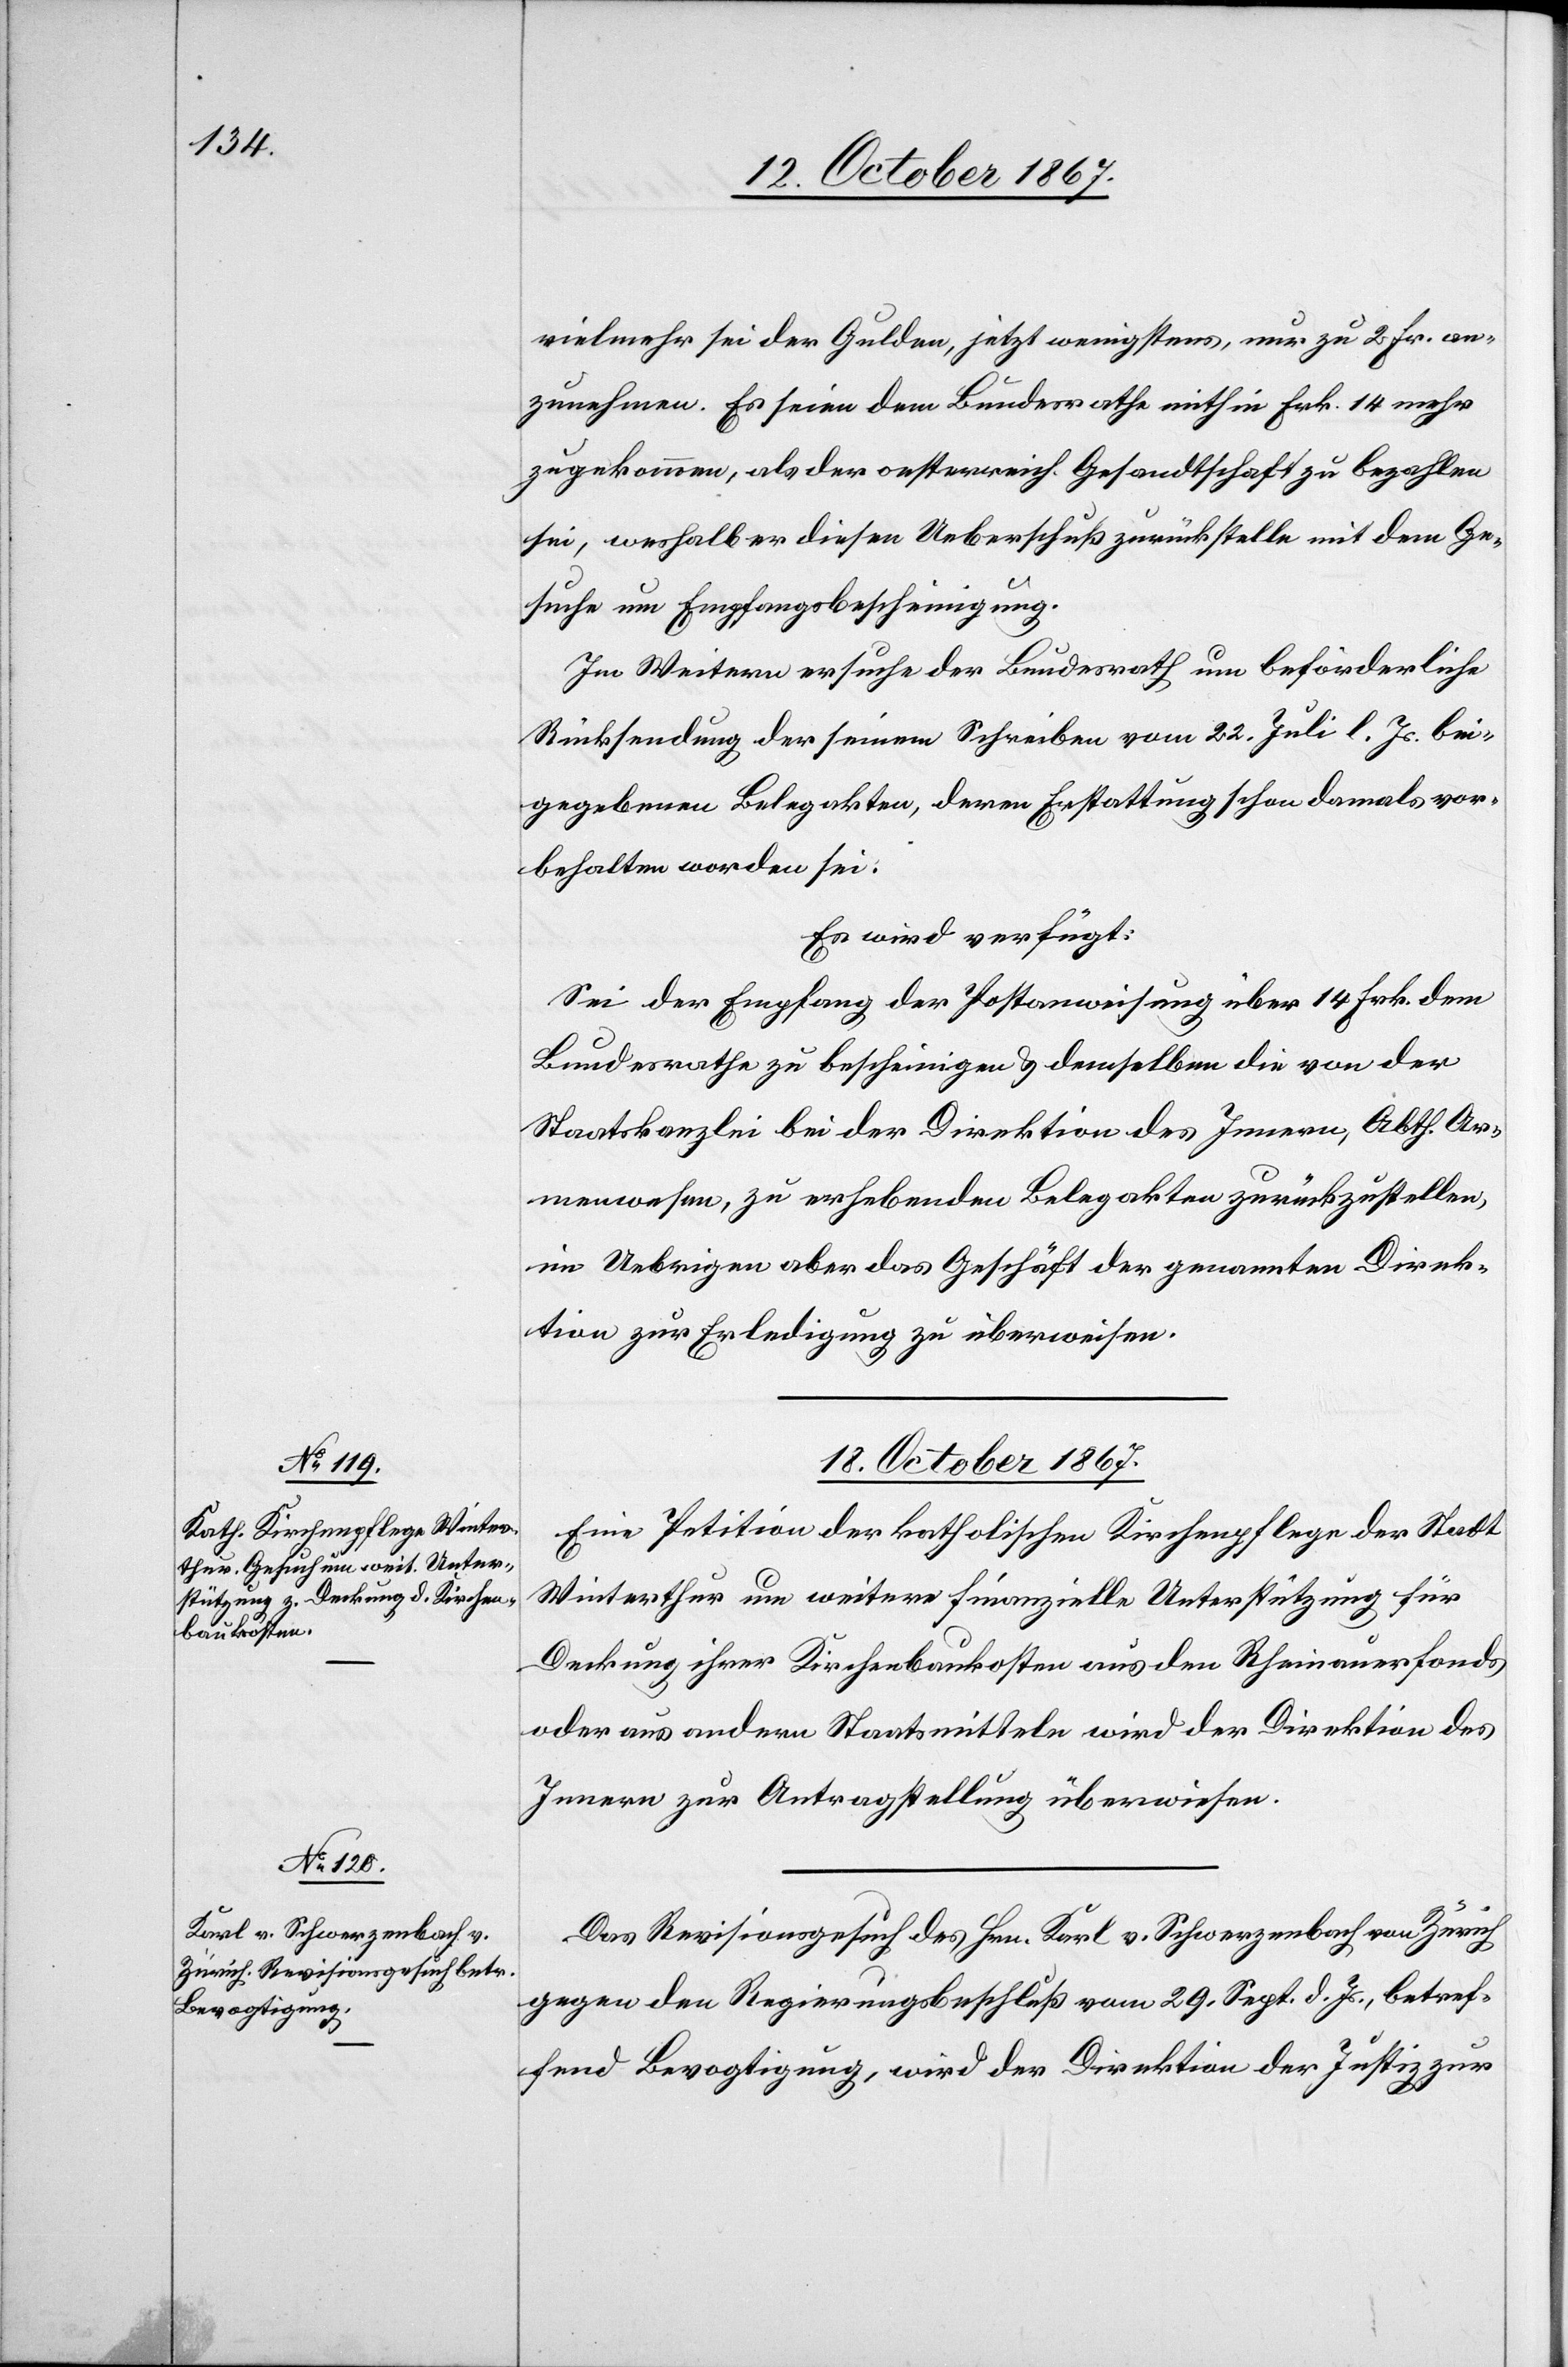
vielmehr sei der Gulden, jetzt wenigstens, nur zu 2 Fr. an¬
zunehmen. Esseien dem Bundesrathe mithin Frk. 14 mehr
zugekommen, als der oesterreich. Gesandtschaft zu bezahlen
sei, weshalb er diesen Ueberschuß zurückstelle mit dem Ge¬
suche um Empfangsbescheinigung.
Im Weitern ersuche der Bundesrath um beförderliche
Rücksendung der seinem Schreiben vom 22. Juli l. Js. bei¬
gegebenen Belegakten, deren Erstattung schon damals vor¬
behalten worden sei.
Es wird verfügt:
Sei der Empfang der Postanweisung über 14 Frk. dem
Bundesrathe zu bescheinigen u. demselben die von der
Staatskanzlei bei der Direktion des Innern, Abth. Ar¬
menwesen zu erhebenden Belegakten zurückzustellen,
im Uebrigen aber das Geschäft der genannten Direk¬
tion zur Erledigung zu überweisen.
18. October 1867.]
Eine Petition der katholischen Kirchenpflege der Stadt
Winterthur um weitere finanzielle Unterstützung für
Deckung ihrer Kirchenbaukosten aus den Rheinauerfonds
oder aus andern Staatsmitteln wird der Direktion des
Innern zur Antragstellung überwiesen.
Das Revisionsgesuch des Hrn. Karl. v. Schwerzenbach von Zürich
gegen den Regierungsbeschluß vom 29. Sept. d. Js., betref¬
fend Bevogtigung, wird der Direktion der Justiz zur